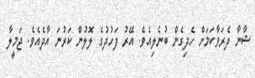
ޝާނާ ދެރަވާކަމަށް ހެދިގެން ބުނެލިއެވެ. އޭރު ފަހުދުގެ ލޮލުން ކަރުނަ އާދެއެވެ. ޖަމީލާ